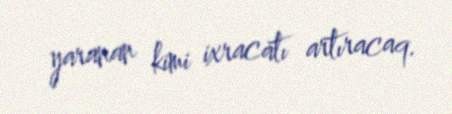
yaranan kimi ixracatı artıracaq.